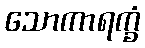
သောကာရက္ခံ